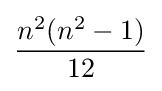
{\frac {n^{2}(n^{2}-1)}{12}}